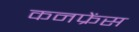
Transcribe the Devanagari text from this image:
कनफ्रेंस